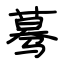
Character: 蓦